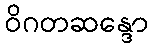
ဝိဂတဆန္ဒော